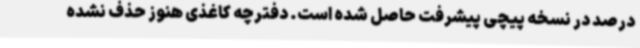
درصد در نسخه پیچی پیشرفت حاصل شده است. دفترچه کاغذی هنوز حذف نشده